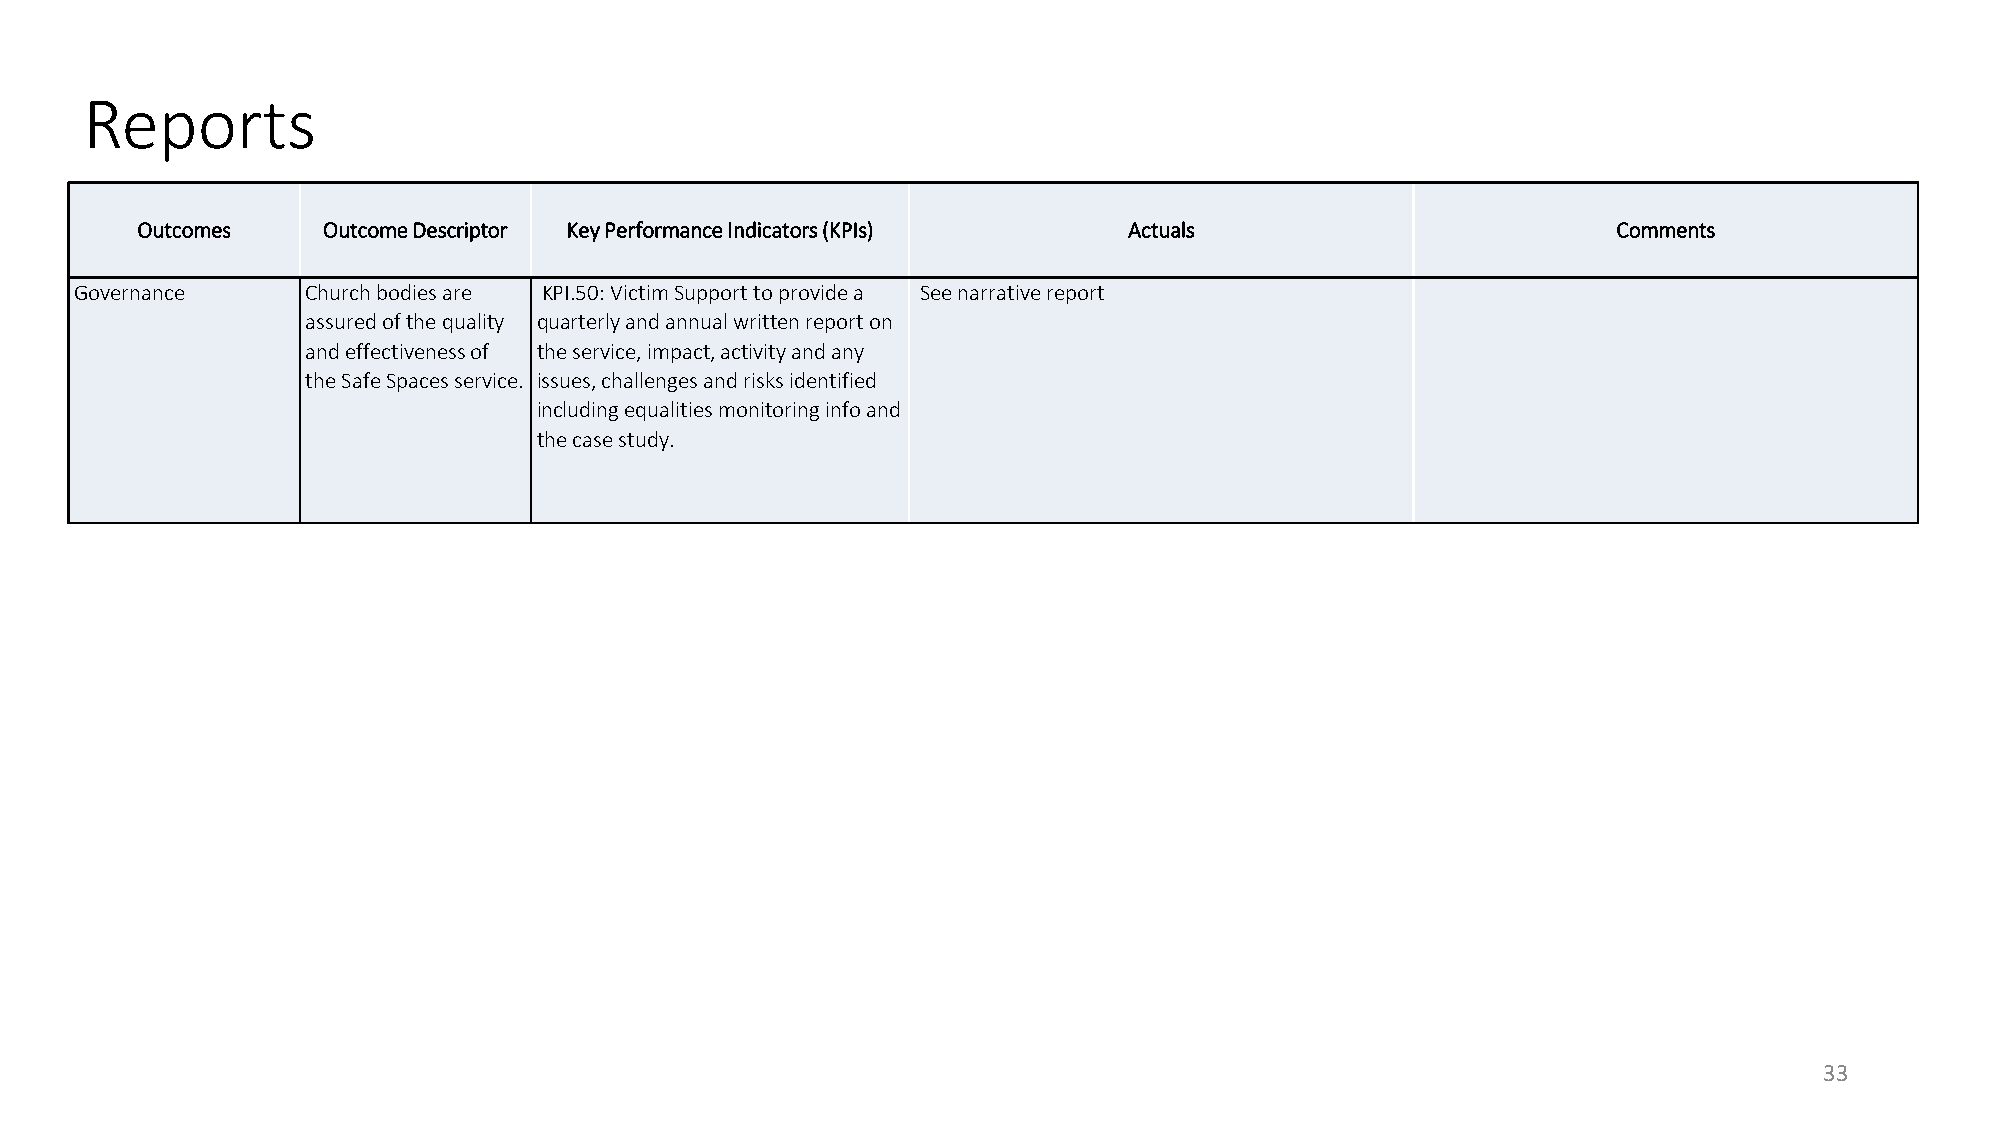
Reports
 Outcomes    Outcome Descriptor Key Performance Indicators (KPIs)  Actuals                         Comments
 Governance     Church bodies are KPI.50: Victim Support to provide a See narrative report
 assured of the quality quarterly and annual written report on
 and effectiveness of the service, impact, activity and any
 the Safe Spaces service. issues, challenges and risks identified
 including equalities monitoring info and
 the case study.
 33